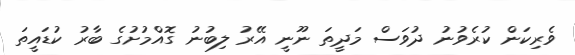
ވެރިކަން ކުރެވުނު ދުވަސް މަދީތަ ނޫނީ އޭރު ލިބުނު ގޮއްމުށުގެ ބާރު ކުޑައީތަ